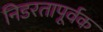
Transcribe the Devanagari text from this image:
निडरतापूर्वक